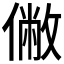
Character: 𠍯